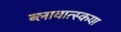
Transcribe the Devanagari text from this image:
ब्लावात्स्कया